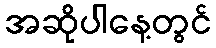
အဆိုပါနေ့တွင်